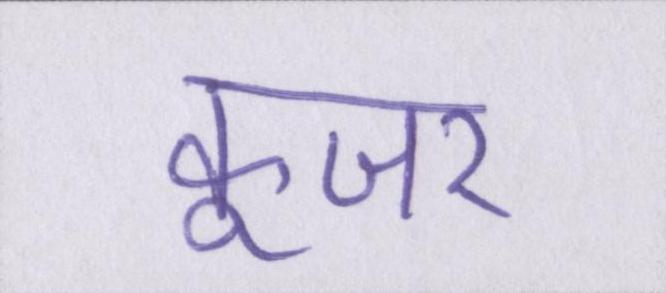
कूजर